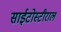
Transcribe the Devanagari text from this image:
साईटोस्टीराल